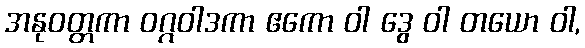
အနုဝတ္တကာ ဝဂ္ဂဝါဒကာ ဧကော ဝါ ဒွေ ဝါ တယော ဝါ,